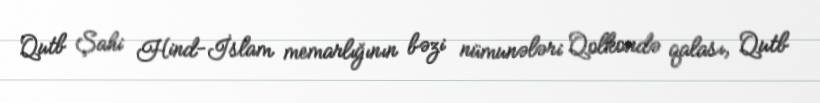
Qutb Şahi Hind-İslam memarlığının bəzi nümunələri Qolkondə qalası, Qutb